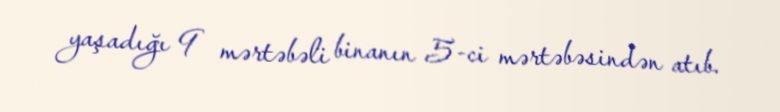
yaşadığı 9 mərtəbəli binanın 5-ci mərtəbəsindən atıb.